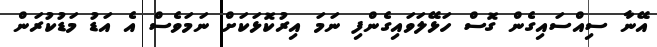
އޭނާ ސިއްސައިގެން ގޮސް ހަޅޭލަވައިގެންފި ނަމަ އިރުކޮޅަކަށް ނަމަވެސް އެ އަޑު މަޑުކުރަން